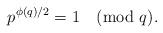
LaTeX: \begin{align*}p^{\phi(q)/2}=1 \pmod {q}.\end{align*}